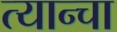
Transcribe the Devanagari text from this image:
त्यान्चा